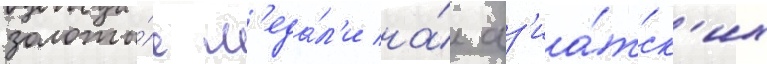
золоты́е м'еда́л'и на́ аз'иа́тск'их